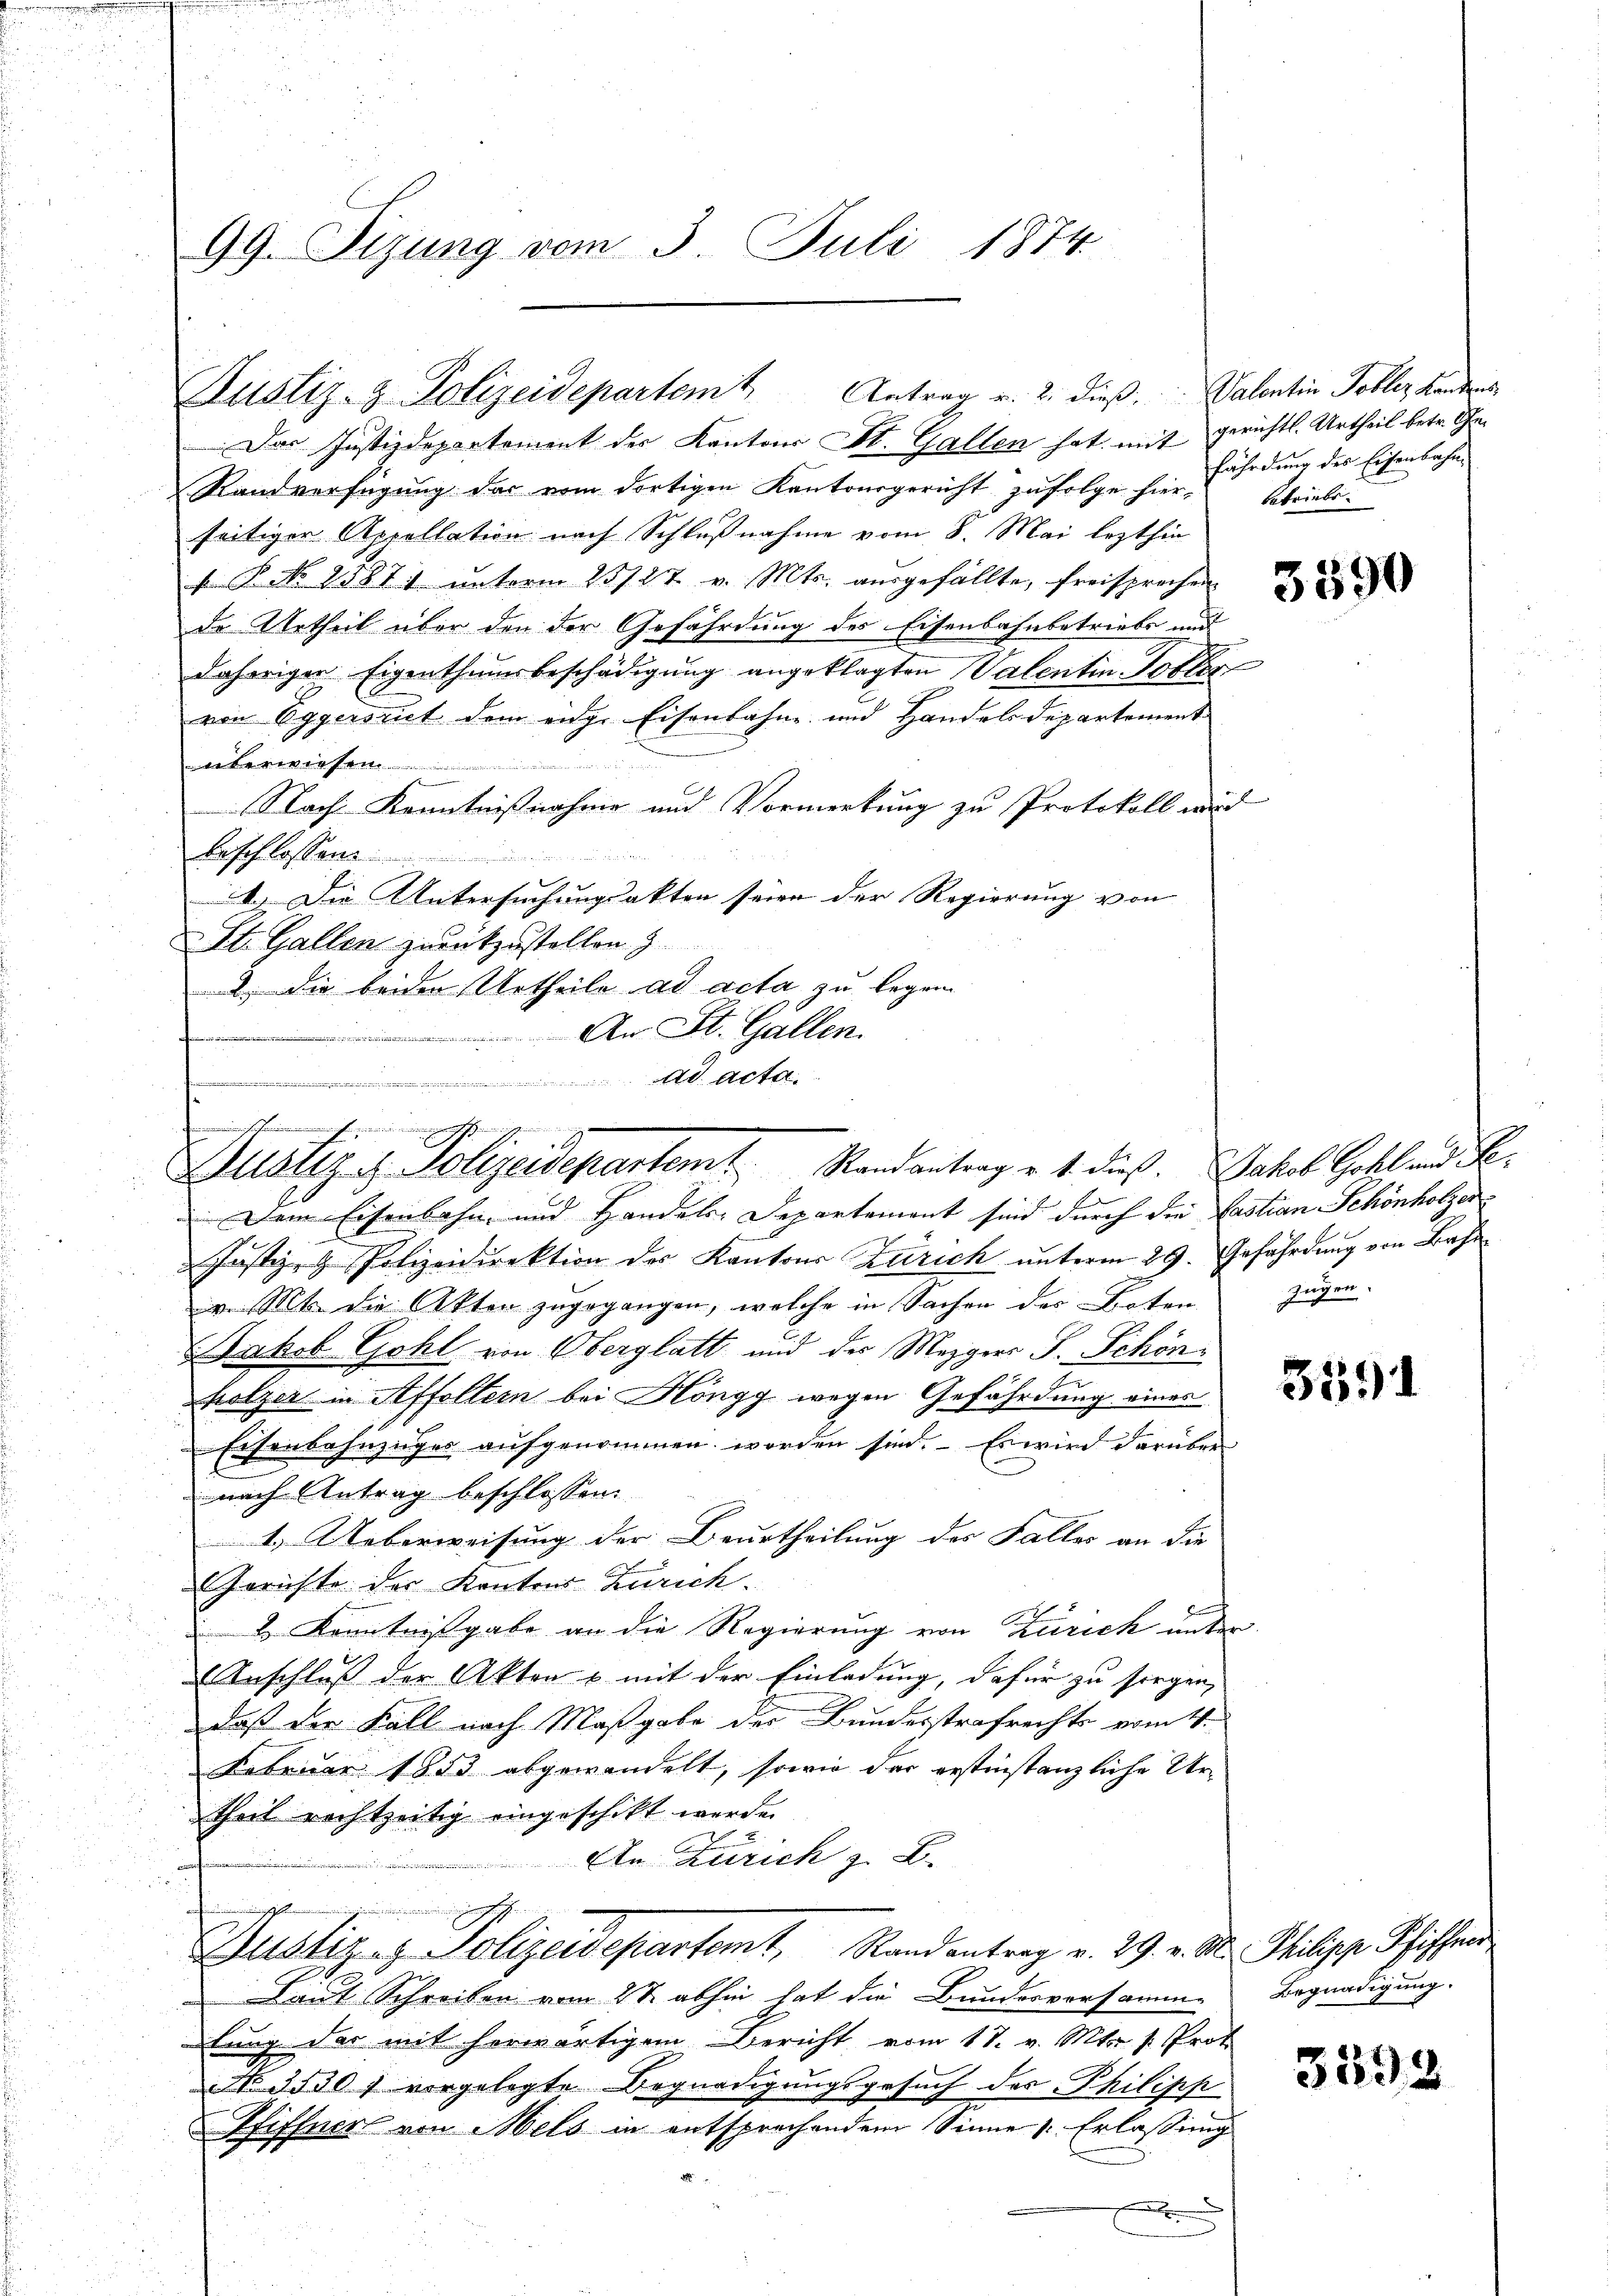
99. Sizung vom 3. Juli 1874

Justiz- & Polizeidepartemt Antrag v. 2. dieβ. Valentin Tobler Kandis

Das Justizdepartement der Kantons St. Gallen hat mit gerichts. Urtheil betr. Ge¬
Randverfügung der vom dortigen Kantonsgericht zufolge hier, betriebe.
seitiger Appellation nach Schlußnahme vom 8. Mai lezthin
 P. No 1587; unterm 25/27. v. Mts. ausgefällte, freisprechen
de Urtheil über den der Gefährdung des Eisenbahnbetriebe und
daherigen Eigenthumsbeschädigung angeklagten Valentin Totter
von Eggerseit dem eidge Eisenbahne und Handels Departement
überwiesen.........................
Nach Kenntnißnahme und Vormerkung zu Protokoll wird
beschlossen
A.) Die Untersuchungsakten seien der Regierung von
 St. Gallen zurückzustellen.
. die beiden Urtheile ad acta zu legen.
An St. Gallen.
ad acta.

Ausitz u. Polizeidepartemt Randantrag u. 1 dieß. Jakob Gott und Se¬

Dem Eisenbahn und Handels-Departement sind durch die Castian Schönholzer-
Justiz- & Polizeidirektion des Kantons Zürich unterm 29. Gefährdung von Ba
v. Mts. die Akten zugegangen, welche in Sachen des Boten zugen
Jakob Gohl von Oberglatt und der Mezgers S. Schönholzer in Affoltern bei Höngg wegen Gefährdung eines
Eisenbahnzuges aufgenommen worden sind. Es wird darüber
nach Antrag beschlossen:
1. Ueberweisung der Beurtheilung des Falles an die
Gerichte der Kantons Zürich.
 2 Kenntnisgabe an die Regierung von Zürich unter
Anschluß der Akten & mit der Einladung, dafür zu sorgen,
daß der Fall nach Maßgabe der Bundesstrafrechts vom 4.
Februar 1853 abgewandelt, sowie der erstinstanzliche Urtheil rechtzeitig eingeschikt werden
An Zürich z. B.
Justiz- & Polizeidepartamt, Randantrag v. 29. v. M. Philische Schiffen
Laut Schreiben vom 2t abhin hat die Bundesvorsamme
dlung der mit herwärtigem Bericht vom 17. v. Mts. v. Prot
NNo. 3530 f vorgelegte Begnadigungsgesuch des Philipp
Pfiffner von Mels in entsprechendem Sinne Erlassung
n

fährdung des Eisenbahn¬

3390

3591

Begnadigung.

3592